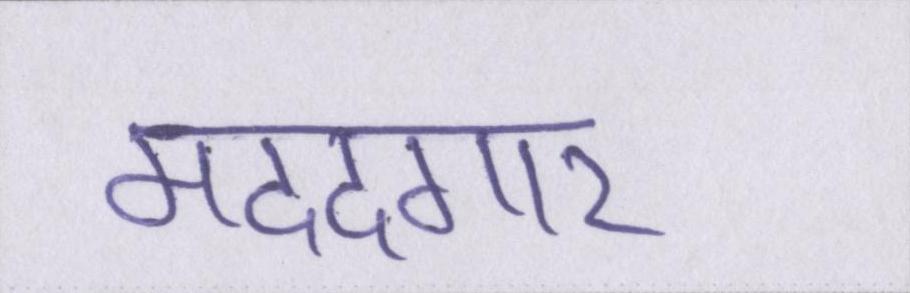
मददगार